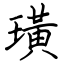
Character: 璜